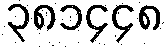
၃၈၁၄၄၈